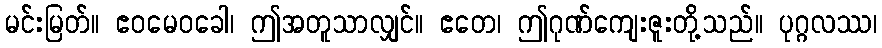
မင်းမြတ်။ ဧဝမေဝခေါ၊ ဤအတူသာလျှင်။ ဧတေ၊ ဤဂုဏ်ကျေးဇူးတို့သည်။ ပုဂ္ဂလဿ၊